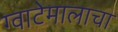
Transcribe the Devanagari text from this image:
ग्वाटेमालाचा